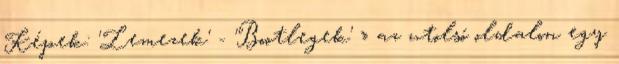
Képek: 'Lemezek' - 'Bootlegek' » az utolsó oldalon egy